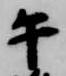
午